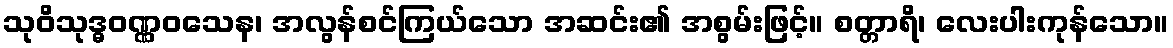
သုဝိသုဒ္ဓဝဏ္ဏဝသေန၊ အလွန်စင်ကြယ်သော အဆင်း၏ အစွမ်းဖြင့်။ စတ္တာရိ၊ လေးပါးကုန်သော။